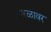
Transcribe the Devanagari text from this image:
नारळावर